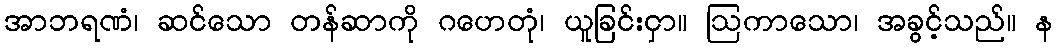
အာဘရဏံ၊ ဆင်သော တန်ဆာကို ဂဟေတုံ၊ ယူခြင်းငှာ။ ဩကာသော၊ အခွင့်သည်။ န